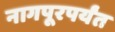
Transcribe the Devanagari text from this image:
नागपूरपर्यंत